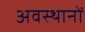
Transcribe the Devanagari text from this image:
अवस्थानों